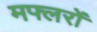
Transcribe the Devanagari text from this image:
मफ्लरों